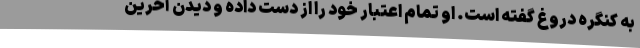
به کنگره دروغ گفته است. او تمام اعتبار خود را از دست داده و دیدن آخرین